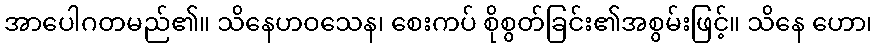
အာပေါဂတမည်၏။ သိနေဟဝသေန၊ စေးကပ် စိုစွတ်ခြင်း၏အစွမ်းဖြင့်။ သိနေ ဟော၊